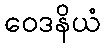
ဝေဒနိယံ